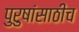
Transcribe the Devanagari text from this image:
पुरुषांसाठीच